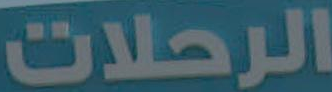
الرحلات